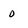
Character: o